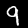
Digit: 9